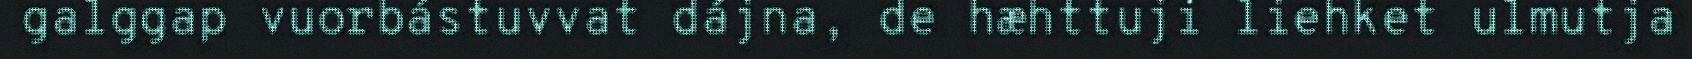
galggap vuorbástuvvat dájna, de hæhttuji liehket ulmutja